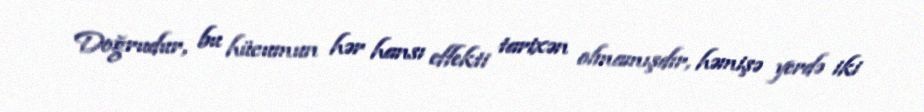
Doğrudur, bu hücumun hər hansı effekti tarixən olmamışdır, həmişə yerdə iki